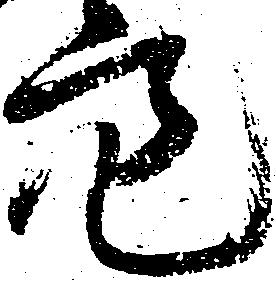
亮